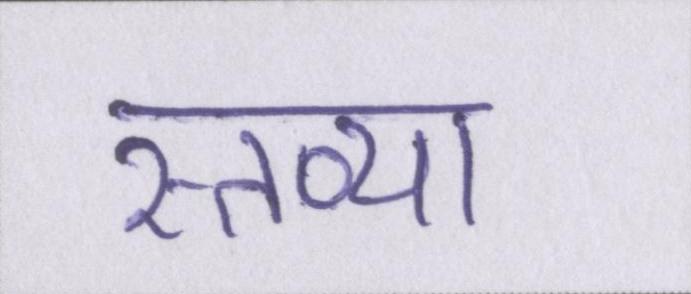
स्तव्या